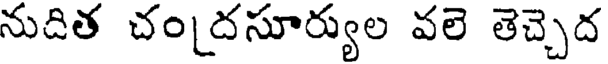
నుదిత చంద్రసూర్యుల వలె తెచ్చెద